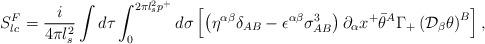
LaTeX: \begin{align*}S^F_{lc} = \frac{i}{4 \pi l_s^2} \int d \tau \int_{0}^{2 \pi l_s^2 p^+} d \sigma\left[ \left( \eta^{\alpha \beta} \delta_{AB} - \epsilon^{\alpha \beta} \sigma^3_{AB} \right) \partial_\alpha x^+ \bar{\theta}^A \Gamma_+ \left( \mathcal{D}_\beta \theta \right)^B \right],\end{align*}